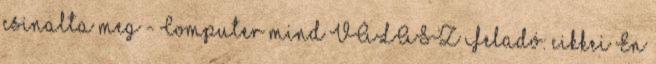
csinalta meg - Computer mind VÁLASZ Feladó: cikkei En